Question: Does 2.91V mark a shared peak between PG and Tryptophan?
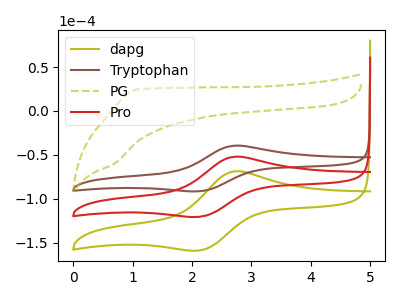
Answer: <think>The olive curve "dapg" has an anodic peak at (2.70V, -104.45uA) and a cathodic peak at (2.15V, -241.00uA). The brown curve "Tryptophan" has an anodic peak at (2.70V, -39.65uA) and a cathodic peak at (2.15V, -91.45uA). The olive dashed curve "PG" has no peaks. The red curve "Pro" has an anodic peak at (2.70V, -52.25uA) and a cathodic peak at (2.15V, -120.50uA).</think>
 <answer>No, "PG" and "Tryptophan" dont share a peak at 2.91V.</answer>
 <eval>mismatch</eval>